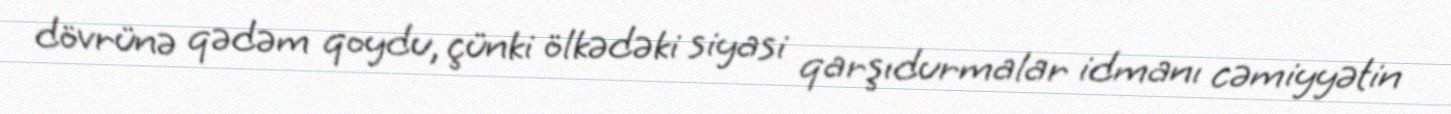
dövrünə qədəm qoydu, çünki ölkədəki siyasi qarşıdurmalar idmanı cəmiyyətin